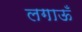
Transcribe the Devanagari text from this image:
लगाऊँ